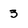
Character: 3